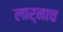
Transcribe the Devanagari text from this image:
लार्नाच